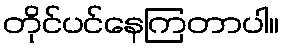
တိုင်ပင်နေကြတာပါ။